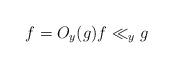
LaTeX: \begin{align*}f = O_y(g) f \ll_y g\end{align*}